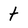
Character: t